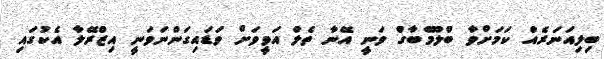
ބިލިއަނަރެއް ކަމަށްވާ ބްލޫމްބާގް ވަނީ އޭނާ ތެލް އަވީވަށް ވަޑައިގަންނަވަނީ އިޒްރޭލާ އެކުގައި